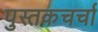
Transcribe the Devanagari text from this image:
पुस्तकचर्चा